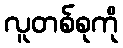
လူတစ်စုကို